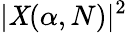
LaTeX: |\mathit{X}(\alpha,N)|^{2}